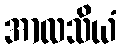
အာလသိယံ